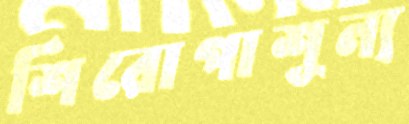
শিরোপাশূন্য